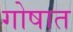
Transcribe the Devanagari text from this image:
गोषात